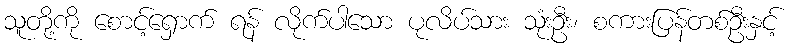
သူတို့ကို စောင့်ရှောက် ရန် လိုက်ပါသော ပုလိပ်သား သုံးဦး၊ စကားပြန်တစ်ဦးနှင့်